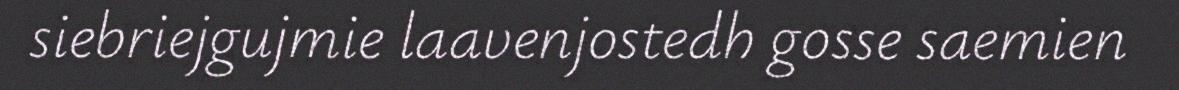
siebriejgujmie laavenjostedh gosse saemien